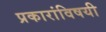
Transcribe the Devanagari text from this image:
प्रकारांविषयी